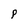
Character: P